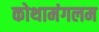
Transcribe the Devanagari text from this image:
कोथामंगलम